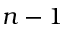
n - 1